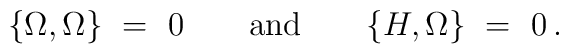
\{\Omega,\Omega\} ~ = ~  0 \qquad {\mbox{\rm and}} \qquad \{H,\Omega\} ~ = ~ 0\,.